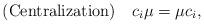
LaTeX: \begin{align*} {\rm (Centralization)}\ \ \ c_i \mu= \mu c_i, \end{align*}